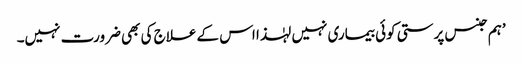
’ہم جنس پرستی کوئی بیماری نہیں لہٰذا اس کے علاج کی بھی ضرورت نہیں۔